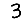
Digit: 3